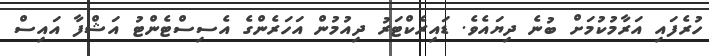
ހުރެފައި އަރާމުކުމަށް ބުނެ ދިޔައެވެ. ޑައިރެކްޓަރު ދިއުމުން އަހަރެންގެ އެސިސްޓެންޓު އަޝްފާ އައިސް